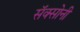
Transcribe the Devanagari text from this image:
सॅक्सोनी